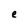
Character: e